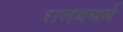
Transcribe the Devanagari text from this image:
शलयचर्म